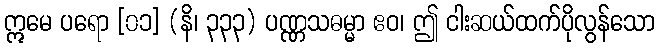
ဣမေ ပရော [၀၁] (နိ၊ ၃၃၃) ပဏ္ဏသဓမ္မာ ဧဝ၊ ဤ ငါးဆယ်ထက်ပိုလွန်သော